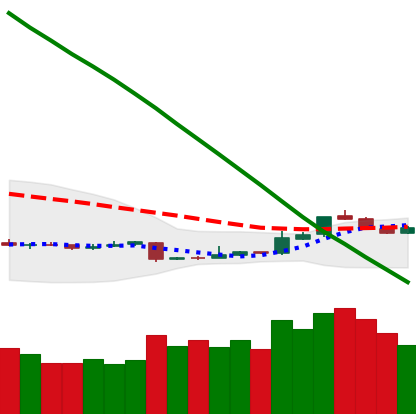
Ticker: ETH-USD
Chart end date: 2018-11-10
Forward return: -14.928%
Label: down_7plus